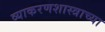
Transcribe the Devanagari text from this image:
व्याकरणशास्त्राच्या